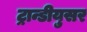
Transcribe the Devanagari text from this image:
ट्रान्डीयुसर